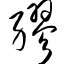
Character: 缪